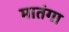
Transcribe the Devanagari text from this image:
मातंगा